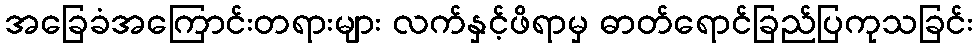
အခြေခံအကြောင်းတရားများ လက်နှင့်ဖိရာမှ ဓာတ်ရောင်ခြည်ပြကုသခြင်း